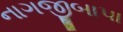
નાગજીબાપા